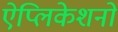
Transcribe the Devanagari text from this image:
ऐप्लिकेशनों